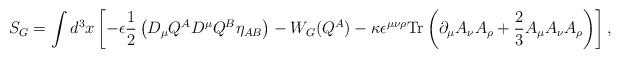
LaTeX: \begin{align*}S_G= \int d^3x\left[-\epsilon\frac{1}{2}\left(D_\mu Q^AD^{\mu}Q^B\eta_{AB}\right) -W_G(Q^A)-\kappa\epsilon^{\mu\nu\rho}\mbox{Tr}\left(\partial_\mu A_\nu A_\rho+\frac{2}{3}A_\mu A_\nu A_\rho\right)\right],\end{align*}